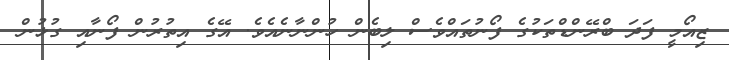
ޒިއޯމީ ފަދަ ބްރޭންޑްތަކުގެ ފޯނުތައްވެސް ލިބެން ހުންނާނެއެވެ. އޭގެ އިތުރުން ފޯނާއި ގުޅުން